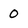
Character: 0